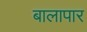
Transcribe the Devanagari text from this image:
बालापार